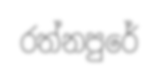
රත්නපුරේ